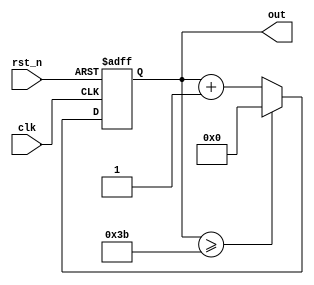
module cnt6(    out,
                clk,
                rst_n);
  
output      [5:0] out   ; 
input             clk   ; 
input             rst_n ;

reg         [5:0] out   ; 

always @(posedge clk or negedge rst_n) begin 
       if(rst_n == 1'b0) begin 
          out <= 6'd0; 
          end 
       else begin 
            if(out >= 6'd59) begin 
               out <= 6'd0; 
           
 end else begin 
           
    out <= out + 1'b1;
       
     end 
  
     end 
  
     end 
endmodule


module nco(     clk_gen,
                num,
                clk, 
                rst_n)    ;
                
output          clk_gen   ;

input    [31:0] num       ; 
input           clk       ;
input           rst_n     ;

reg      [31:0] cnt       ; 
reg             clk_gen   ; 

always @(posedge clk or negedge rst_n) begin 
         if(rst_n == 1'b0) begin 
              cnt <= 32'd0      ; 
              clk_gen <= 1'd0   ; 
         end else begin 
                  if(cnt >= num/2-1) begin 
                     cnt <= 32'd0          ; 
                     clk_gen <= ~clk_gen   ; 
                  end else begin 
                     cnt <= cnt + 1'b1     ; 
                  end 
        end 
end

endmodule

module top_cnt(  out, 
                 num, 
                 clk, 
                 rst_n)     ;

output     [5:0] out        ;

input      [31:0] num       ; 
input             clk       ; 
input             rst_n     ;

wire              clk_gen   ;

nco      u_nco( .clk_gen ( clk_gen ),
                .num     ( num     ),
                .clk     ( clk     ),
                .rst_n   ( rst_n   ));
                
cnt6    u_cnt6( .out     ( out     ),
                .clk     ( clk_gen ),
                .rst_n   ( rst_n   ));
                
endmodule